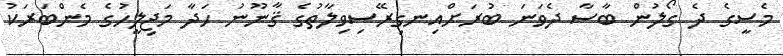
މެސީގެ ދެ ގޯލުން ބާސާ ދެވަނަ ބުރަށްއިނގިރޭސިވިލާތުގެ ޤާނޫނު ހަދާ މަޖިލީހުގެ މެންބަރަކު